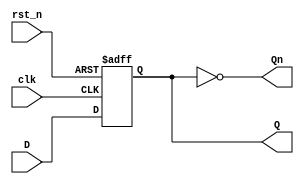
`timescale 1ns / 1ps
//////////////////////////////////////////////////////////////////////////////////
// Company: 
// Engineer: 
// 
// Design Name: 
// Module Name: dff
// Project Name: 
// Target Devices: 
// Tool Versions: 
// Description: 
// 
// Dependencies: 
// 
// Revision:
// Revision 0.01 - File Created
// Additional Comments:
// 
//////////////////////////////////////////////////////////////////////////////////


module dff(//D_Flip_Flop
    input clk,
    input rst_n,
    input D,
    output reg Q,
    output Qn
    );
    assign Qn = ~Q;
    always @(posedge clk, negedge rst_n)
    begin
        if(~rst_n)
            Q <= 1'b0;
        else
            Q <= D;
    end
endmodule